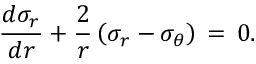
\frac { d \sigma _ { r } } { d r } + \frac { 2 } { r } \left( \sigma _ { r } - \sigma _ { \theta } \right) \, = \, 0 .